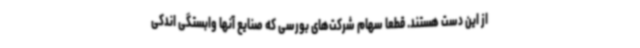
از این دست هستند. قطعا سهام شرکت‌های بورسی که صنایع آنها وابستگی اندکی